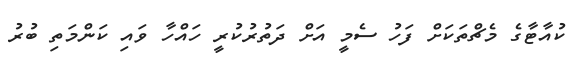
ކުއާޓާގެ މެޗްތަކަށް ފަހު ސެމީ އަށް ދަތުރުކުރީ ހައްހާ ވައި ކަންމަތި ބުރު